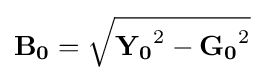
\mathbf {B_{0}} ={\sqrt {\mathbf {Y_{0}} ^{2}-\mathbf {G_{0}} ^{2}}}